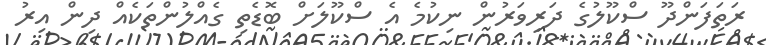
ރަތަފަންދޫ ސްކޫލުގެ ދަރިވަރުން ނިކުމެ އެ ސްކޫލަށް ބޮޑެތި ގެއްލުންތަކެއް ދިން އިރު